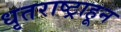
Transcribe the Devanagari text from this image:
धृतराष्ट्राहून